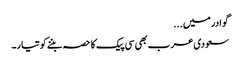
گوادر میں...
سعودی عرب بھی سی پیک کا حصہ بننے کو تیار۔